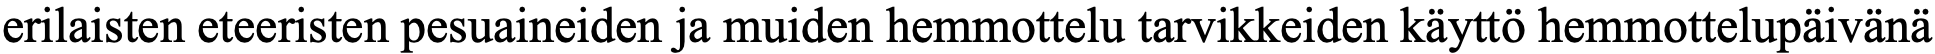
erilaisten eteeristen pesuaineiden ja muiden hemmottelu tarvikkeiden käyttö hemmottelupäivänä